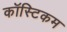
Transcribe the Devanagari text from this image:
कॉस्टिकम